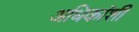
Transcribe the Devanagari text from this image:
अधिकांशी